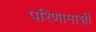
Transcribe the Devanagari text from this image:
परिणामाशी